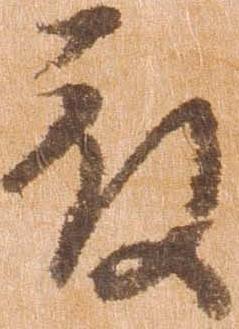
被